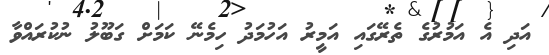
އަދި އެ އަމުރުގެ ތެރޭގައި އަމީރު އަހުމަދު ހިމެނޭ ކަމަށް ގަބޫލު ނުކުރައްވާ